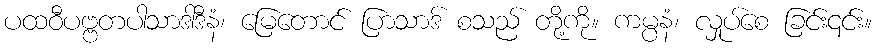
ပထဝီပဗ္ဗတပါသာဒါဒီနံ၊ မြေတောင် ပြာသာဒ် စသည် တို့ကို။ ကမ္ပနံ၊ လှုပ်စေ ခြင်း၎င်း။